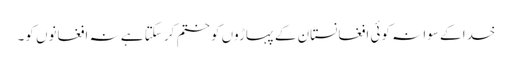
خدا کے سوا نہ کوئی افغانستان کے پہاڑوں کو ختم کر سکتا ہے نہ افغانوں کو۔